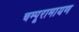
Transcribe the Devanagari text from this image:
चम्पूरामायण